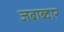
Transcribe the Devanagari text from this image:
जबाब्दार